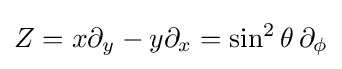
Z=x\partial _{y}-y\partial _{x}=\sin ^{2}\theta \,\partial _{\phi }